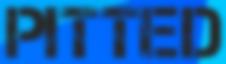
PITTED